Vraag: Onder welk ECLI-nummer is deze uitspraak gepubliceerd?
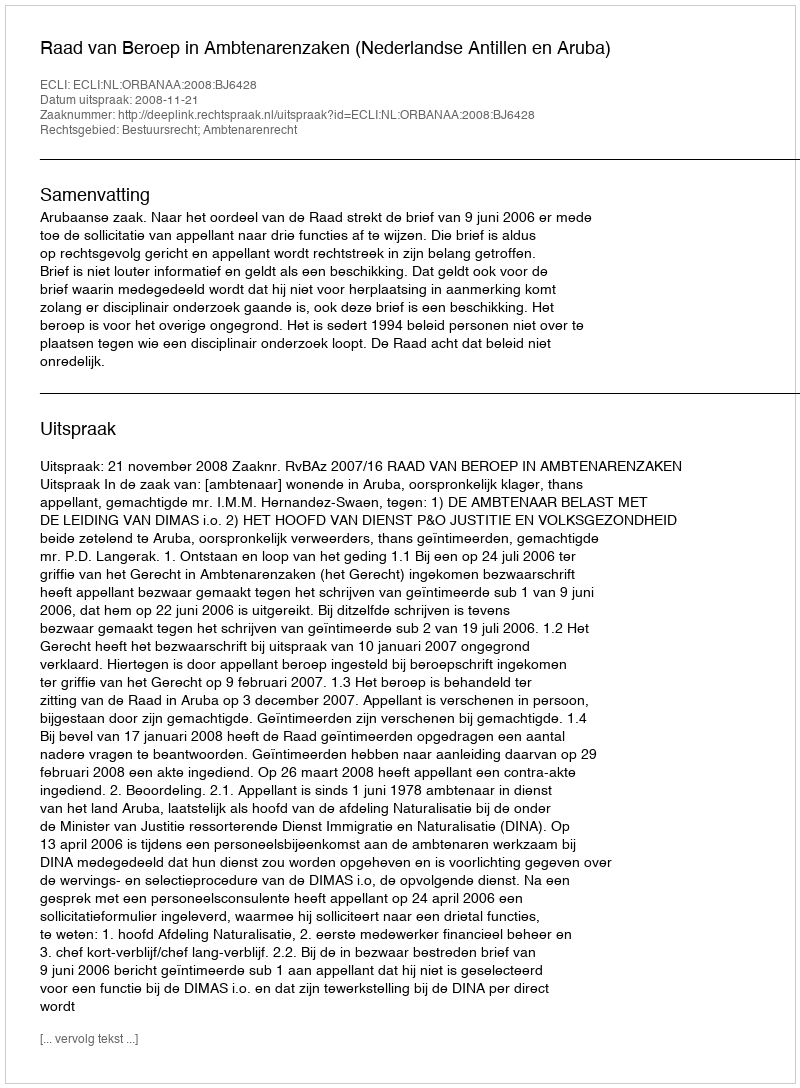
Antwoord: ECLI:NL:ORBANAA:2008:BJ6428